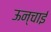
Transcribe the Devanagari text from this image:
ऊन्चाई